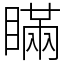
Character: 瞞